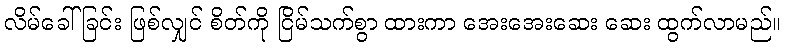
လိမ်ခေါ်ခြင်း ဖြစ်လျှင် စိတ်ကို ငြိမ်သက်စွာ ထားကာ အေးအေးဆေး ဆေး ထွက်လာမည်။